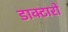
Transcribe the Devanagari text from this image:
डाक्टारो